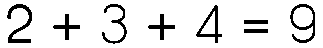
2 + 3 + 4 = 9